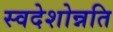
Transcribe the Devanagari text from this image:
स्वदेशोन्नति